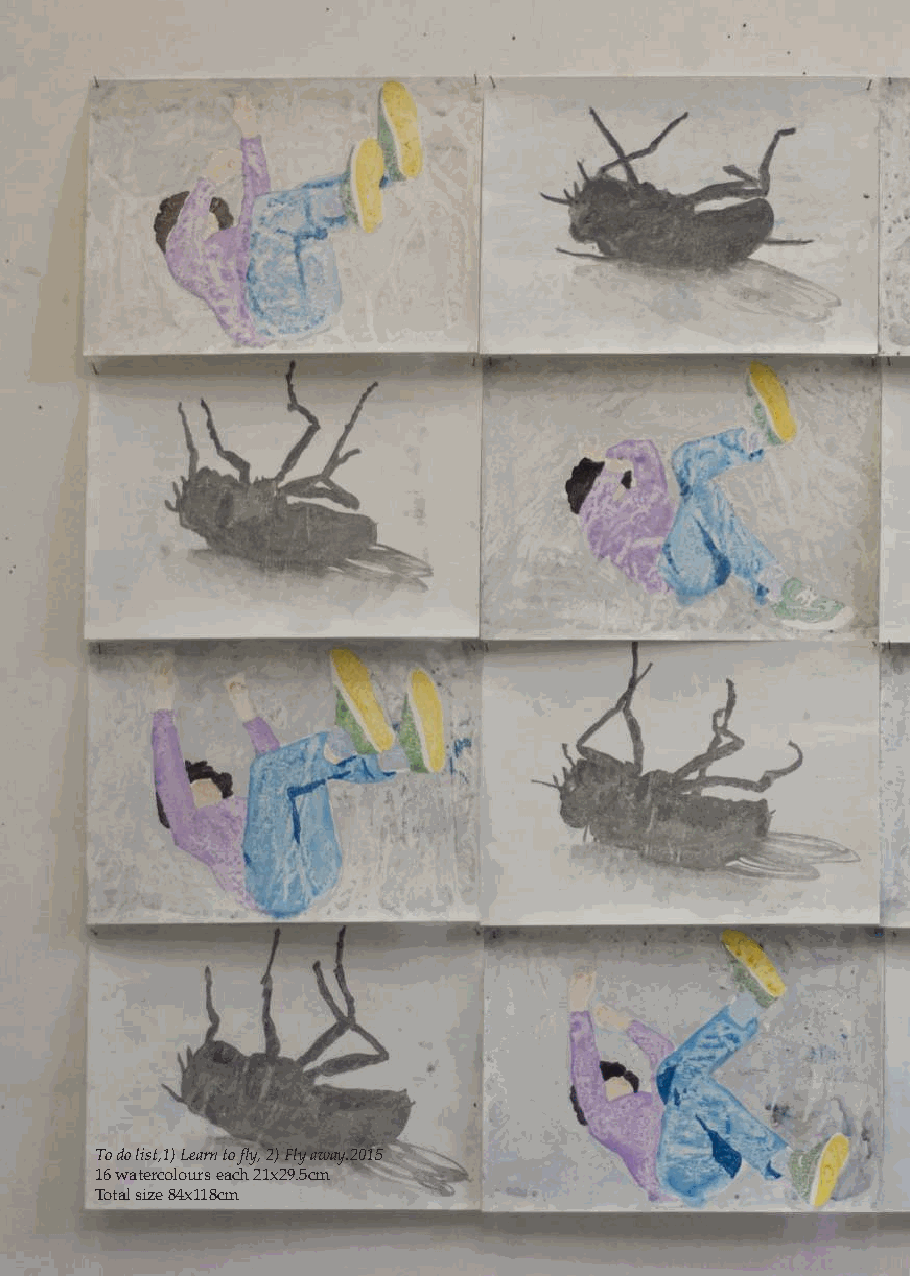
To do list,1) Learn to fly, 2) Fly away.2015
 16 watercolours each 21x29.5cm
 FTolotwale rssiz, eg h8o4sxts1 1a8ncdm insects, a few short stories